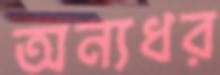
অন্যধর